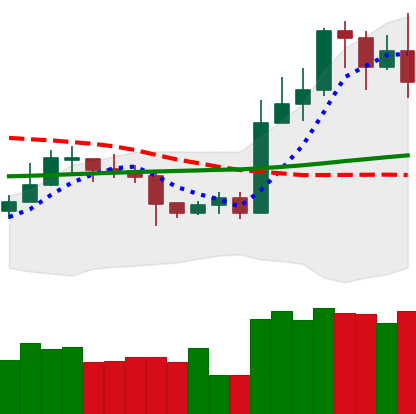
Ticker: LTC-USD
Chart end date: 2020-10-28
Forward return: -3.453%
Label: down_3_5